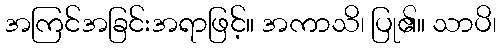
အကြင်အခြင်းအရာဖြင့်။ အကာသိ၊ ပြု၏။ သာပိ၊